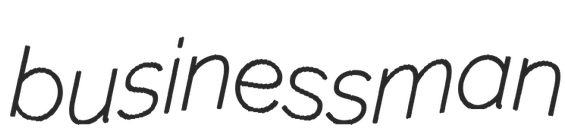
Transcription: businessman